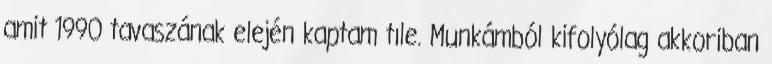
amit 1990 tavaszának elején kaptam tıle. Munkámból kifolyólag akkoriban